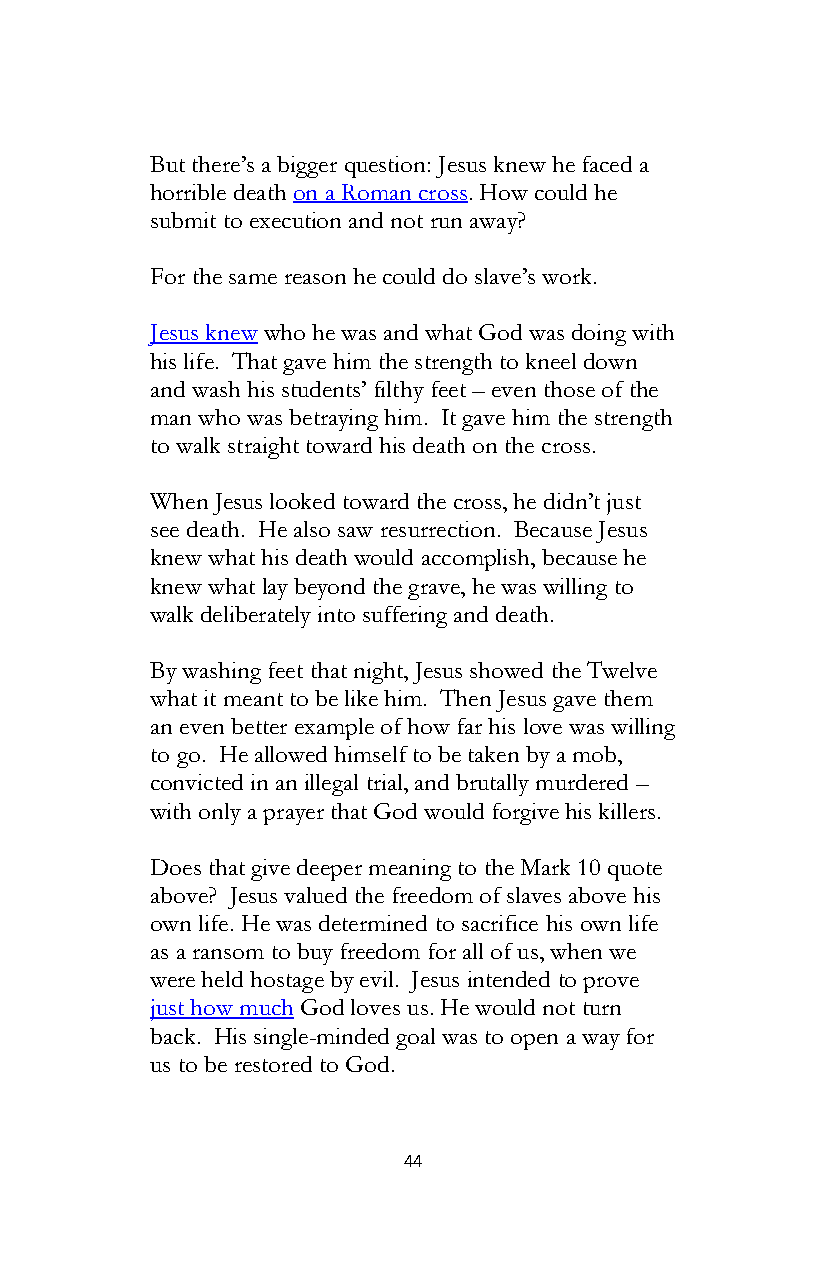
But there’s a bigger question: Jesus knew he faced a
 horrible death on a Roman cross. How could he
 submit to execution and not run away?
 For the same reason he could do slave’s work.
 Jesus knew who he was and what God was doing with
 his life. That gave him the strength to kneel down
 and wash his students’ filthy feet – even those of the
 man who was betraying him. It gave him the strength
 to walk straight toward his death on the cross.
 When Jesus looked toward the cross, he didn’t just
 see death. He also saw resurrection. Because Jesus
 knew what his death would accomplish, because he
 knew what lay beyond the grave, he was willing to
 walk deliberately into suffering and death.
 By washing feet that night, Jesus showed the Twelve
 what it meant to be like him. Then Jesus gave them
 an even better example of how far his love was willing
 to go. He allowed himself to be taken by a mob,
 convicted in an illegal trial, and brutally murdered –
 with only a prayer that God would forgive his killers.
 Does that give deeper meaning to the Mark 10 quote
 above? Jesus valued the freedom of slaves above his
 own life. He was determined to sacrifice his own life
 as a ransom to buy freedom for all of us, when we
 were held hostage by evil. Jesus intended to prove
 just how much God loves us. He would not turn
 back. His single-minded goal was to open a way for
 us to be restored to God.
 44